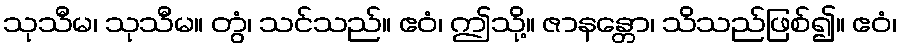
သုသီမ၊ သုသီမ။ တွံ၊ သင်သည်။ ဧဝံ၊ ဤသို့။ ဇာနန္တော၊ သိသည်ဖြစ်၍။ ဧဝံ၊